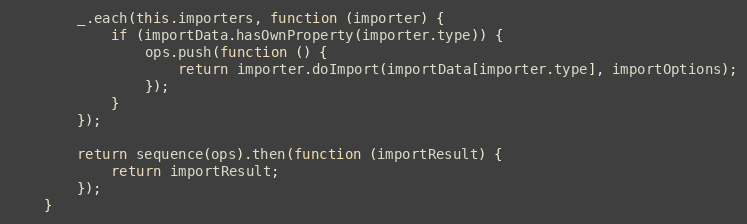
Language: JavaScript
        _.each(this.importers, function (importer) {
            if (importData.hasOwnProperty(importer.type)) {
                ops.push(function () {
                    return importer.doImport(importData[importer.type], importOptions);
                });
            }
        });

        return sequence(ops).then(function (importResult) {
            return importResult;
        });
    }